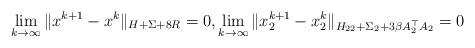
LaTeX: \begin{align*} \lim_{k \rightarrow \infty}\|x^{k+1} - x^k\|_{H+\Sigma+8R} = 0, \lim_{k \rightarrow \infty}\|x_2^{k+1} - x_2^k\|_{H_{22} + \Sigma_2 + 3\beta A_2^\top A_2} = 0 \end{align*}